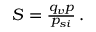
\begin{array} { r } { S = \frac { q _ { v } p } { p _ { s i } } \, . } \end{array}